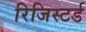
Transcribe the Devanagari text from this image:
रिजिस्टर्ड